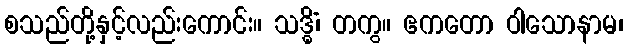
စသည်တို့နှင့်လည်းကောင်း။ သဒ္ဓိံ၊ တကွ။ ဧကတော ဝါသောနာမ၊